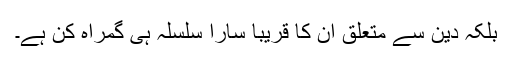
بلکہ دین سے متعلق ان کا قریباً سارا سلسلہ ہی گمراہ کن ہے۔